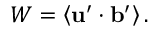
W = \left\langle { { \bf { u } } ^ { \prime } \cdot { \bf { b } } ^ { \prime } } \right\rangle .